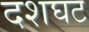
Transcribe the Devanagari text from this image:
दशघट